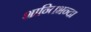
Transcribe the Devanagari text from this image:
शान्तिभन्दा